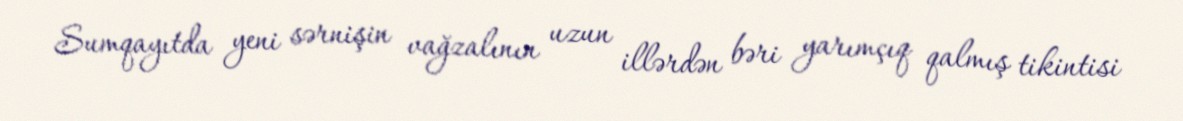
Sumqayıtda yeni sərnişin vağzalının uzun illərdən bəri yarımçıq qalmış tikintisi